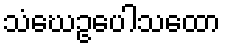
သံဃေဥပေါသထော